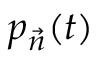
p _ { \vec { n } } ( t )